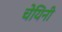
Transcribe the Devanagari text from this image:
चेयिनी